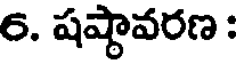
6. షష్టావరణ :